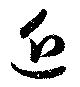
近